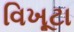
વિખૂટા